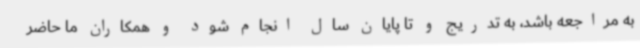
به مراجعه باشد، به تدریج و تا پایان سال انجام شود و همکاران ما حاضر